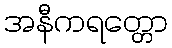
အနီကရတ္တော